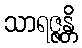
သာရဇ္ဇန္တိ